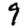
Digit: 9